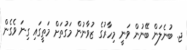
ޖ. ބުނެލަން ބޭނުން ވަނީ މިހާރުގެ ޒުވާނުން މަގުތަށް މަތީގައި ގިނަ ވެގެން